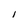
Character: 1